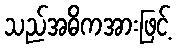
သည်အဓိကအားဖြင့်